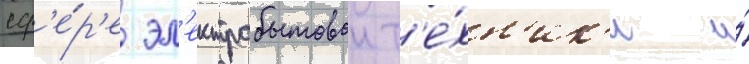
сф'е́р'е эл'ектробытовои т'е́хн'ик'и и́